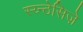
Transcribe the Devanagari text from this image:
स्य्न्ठेसिज़े